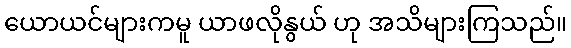
ယောယင်များကမူ ယာဖလိုနွယ် ဟု အသိများကြသည်။